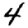
Digit: 4